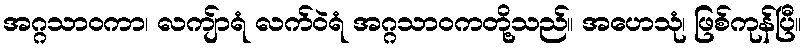
အဂ္ဂသာဝကာ၊ လကျ်ာရံ လက်ဝဲရံ အဂ္ဂသာဝကတို့သည်။ အဟေသုံ၊ ဖြစ်ကုန်ပြီ။